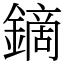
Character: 鏑